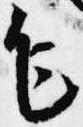
乍